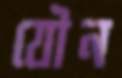
যৌন